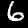
Label: 6